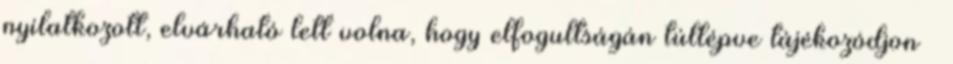
nyilatkozott, elvárható lett volna, hogy elfogultságán túllépve tájékozódjon –